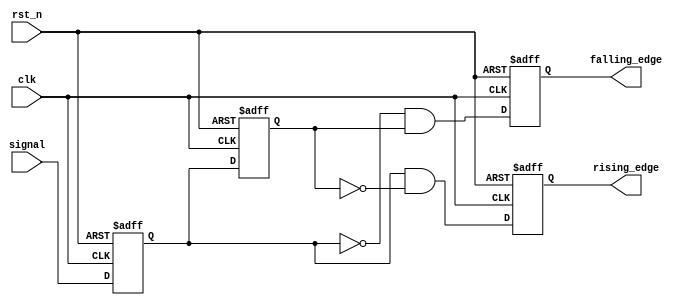
module glitch_free_edge_detector (
    input wire clk,            // Clock input
    input wire rst_n,         // Asynchronous active-low reset
    input wire signal,        // Input signal to monitor
    output reg rising_edge,    // Output for rising edge detection
    output reg falling_edge    // Output for falling edge detection
);

// Memory blocks to store current and previous states
reg current_state;          // Current state of the input signal
reg previous_state;         // Previous state of the input signal

always @(posedge clk or negedge rst_n) begin
    if (!rst_n) begin
        // On reset, clear states and outputs
        current_state <= 1'b0;
        previous_state <= 1'b0;
        rising_edge <= 1'b0;
        falling_edge <= 1'b0;
    end else begin
        // Latch the current state of the input signal
        previous_state <= current_state;
        current_state <= signal;

        // Edge detection logic
        rising_edge <= (current_state == 1'b1 && previous_state == 1'b0);
        falling_edge <= (current_state == 1'b0 && previous_state == 1'b1);
    end
end

endmodule